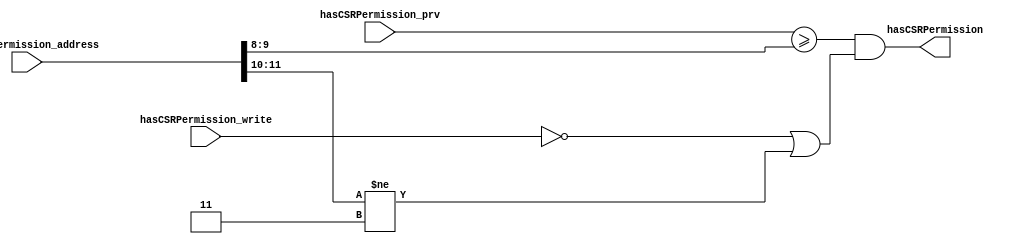
//
// Generated by Bluespec Compiler, version 2022.01-5-ge3edf4b1 (build e3edf4b1)
//
// On Fri Apr 15 12:45:58 EDT 2022
//
//
// Ports:
// Name                         I/O  size props
// hasCSRPermission               O     1
// hasCSRPermission_address       I    12
// hasCSRPermission_write         I     1
// hasCSRPermission_prv           I     2
//
// Combinational paths from inputs to outputs:
//   (hasCSRPermission_address,
//    hasCSRPermission_write,
//    hasCSRPermission_prv) -> hasCSRPermission
//
//

`ifdef BSV_ASSIGNMENT_DELAY
`else
  `define BSV_ASSIGNMENT_DELAY
`endif

`ifdef BSV_POSITIVE_RESET
  `define BSV_RESET_VALUE 1'b1
  `define BSV_RESET_EDGE posedge
`else
  `define BSV_RESET_VALUE 1'b0
  `define BSV_RESET_EDGE negedge
`endif

module module_hasCSRPermission(hasCSRPermission_address,
			       hasCSRPermission_write,
			       hasCSRPermission_prv,
			       hasCSRPermission);
  // value method hasCSRPermission
  input  [11 : 0] hasCSRPermission_address;
  input  hasCSRPermission_write;
  input  [1 : 0] hasCSRPermission_prv;
  output hasCSRPermission;

  // signals for module outputs
  wire hasCSRPermission;

  // value method hasCSRPermission
  assign hasCSRPermission =
	     hasCSRPermission_prv >= hasCSRPermission_address[9:8] &&
	     (!hasCSRPermission_write ||
	      hasCSRPermission_address[11:10] != 2'b11) ;
endmodule  // module_hasCSRPermission